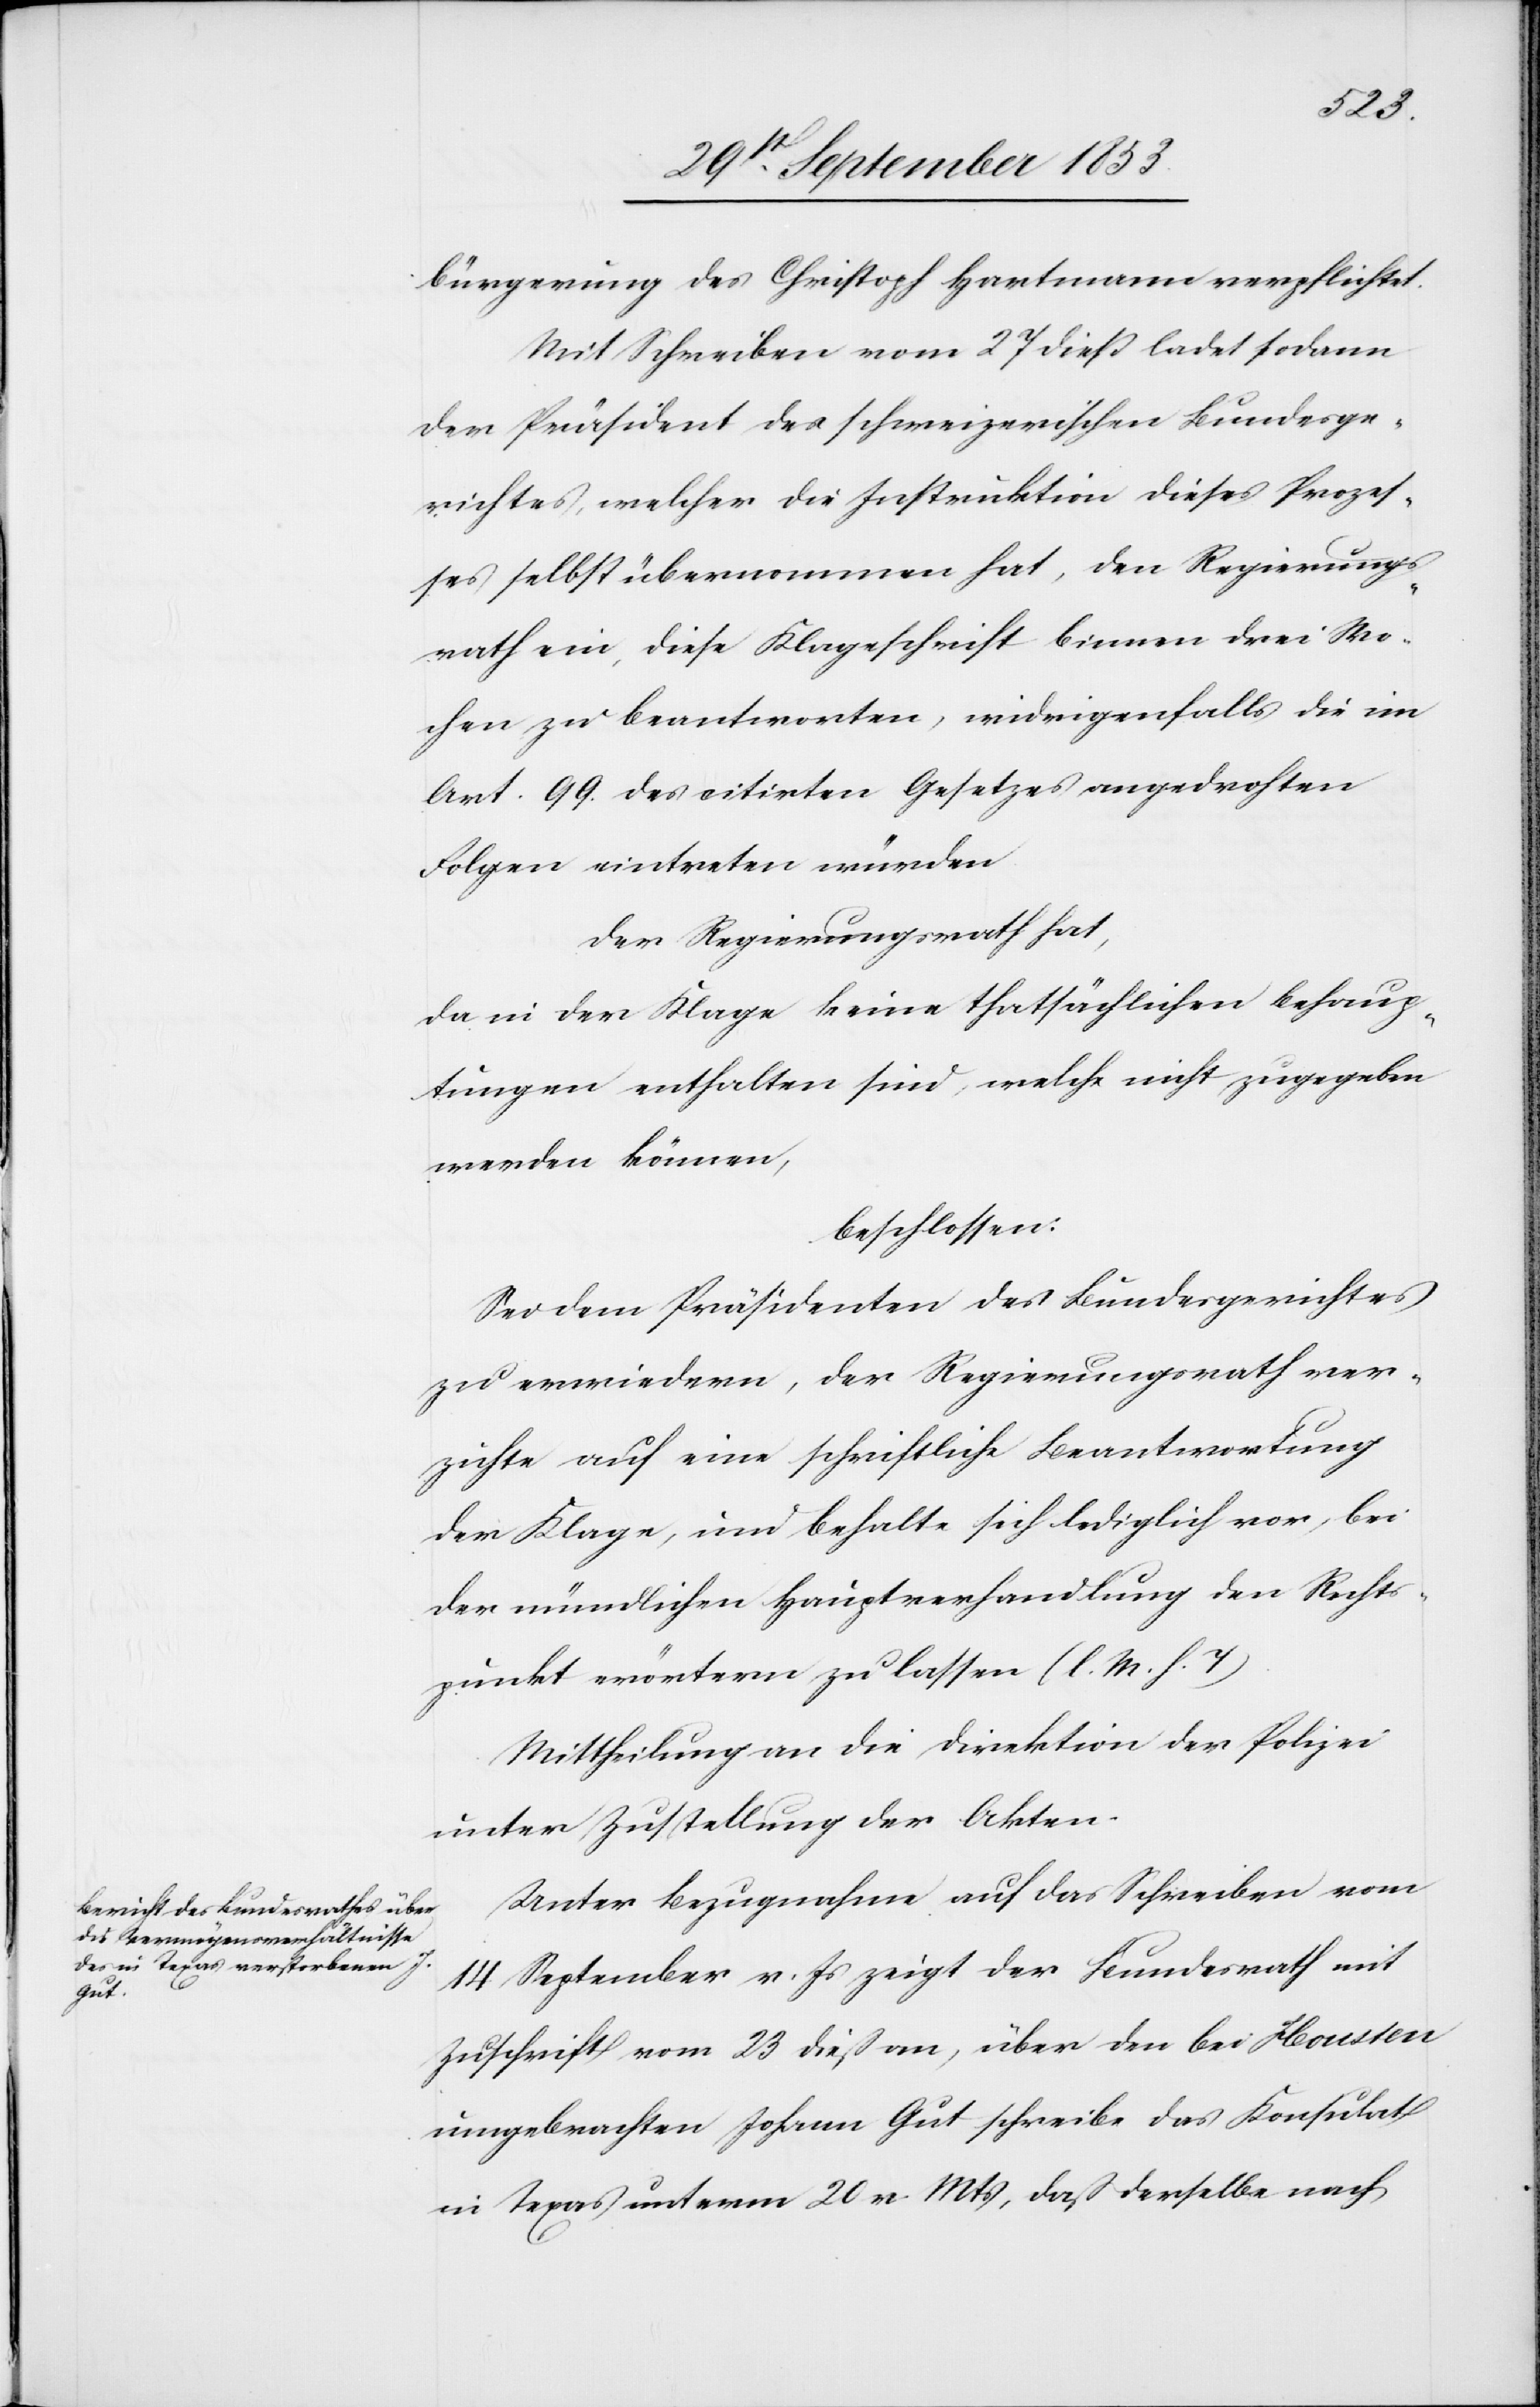
bürgerung des Christoph Hartmann verpflichtet.
Mit Schreiben vom 27 dieß ladet sodann
der Präsident des schweizerischen Bundesge¬
richtes, welcher die Instruktion dieses Prozes¬
ses selbst übernommen hat, den Regierungs¬
rath ein, diese Klageschrift binnen drei Wo¬
chen zu beantworten, widrigenfalls die im
Art. 99 des citirten Gesetzes angedrohten
Folgen eintreten würden.
Der Regierungsrath hat,
da in der Klage keine thatsächlichen Behaup¬
tungen enthalten sind, welche nicht zugegeben
werden können,
beschlossen:
Sei dem Präsidenten des Bundesgerichtes
zu erwiedern, der Regierungsrath ver¬
zichte auf eine schriftliche Beantwortung
der Klage, und behalte sich lediglich vor, bei
der mündlichen Hauptverhandlung den Rechts¬
punkt erörtern zu lassen. [l. M. h. T]
Mittheilung an die Direktion der Polizei
unter Zustellung der Akten.
Unter Bezugnahme auf das Schreiben vom
14 September v. Js. zeigt der Bundesrath mit
Zuschrift vom 23 dieß an, über den bei Houssen
umgebrachten Johann Gut schreibe das Konsulat
in Texas unterm 20 v. Mts., das derselbe nach